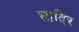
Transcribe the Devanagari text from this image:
सादिर